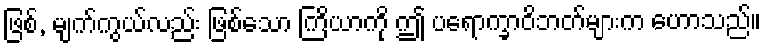
ဖြစ်, မျက်ကွယ်လည်း ဖြစ်သော ကြိယာကို ဤ ပရောက္ခာဝိဘတ်များက ဟောသည်။